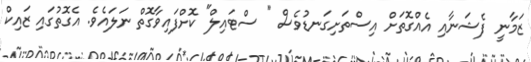
ޒަމާނީ ފެޝަނާއި އެއްގޮތަށް އިސްތަށިގަނޑުވެސް " ސްޓައިލް" ކޮށްފައިވާގޮތް ނަލައެވެ. އެގޮތުގައި ޒައިކް